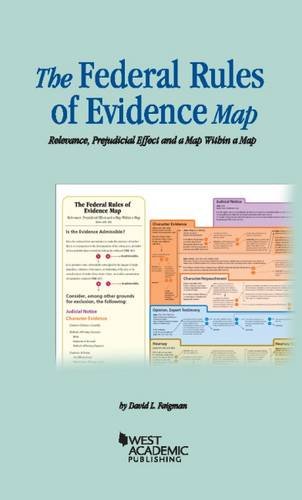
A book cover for The Federal Rules of Evidence Map: Relevance, Prejudicial Effect and a Map Within a Map; David Faigman; Law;